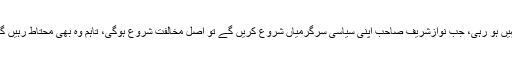
دانیال عزیز کی کمی بھی محسوس نہیں ہو رہی، جب نوازشریف صاحب اپنی سیاسی سرگرمیاں شروع کریں گے تو اصل مخالفت شروع ہوگی، تاہم وہ بھی محتاط رہیں گے کیونکہ کیس ابھی ختم نہیں ہوئے۔